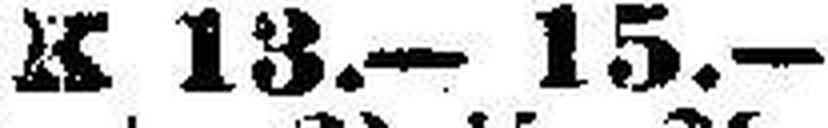
K 13.—15.—